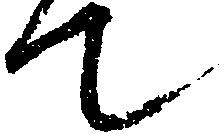
て